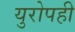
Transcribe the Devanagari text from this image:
युरोपही